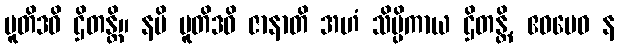
ပူတိဒဓိ ဌိတန္တိ။ နပိ ပူတိဒဓိ ဇာနာတိ အဟံ သိပ္ပိကာယ ဌိတန္တိ, ဧဝမေဝ န